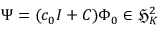
\Psi = ( c _ { 0 } I + C ) \Phi _ { 0 } \in \mathfrak { H } _ { K } ^ { 2 }